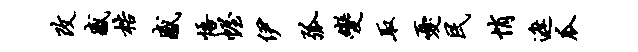
改感梏感悟幄伊弧变取忧民悄遮瓜